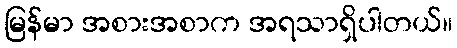
မြန်မာ အစားအစာက အရသာရှိပါတယ်။